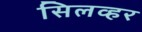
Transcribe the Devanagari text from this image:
सिलव्हर